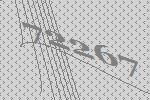
72267